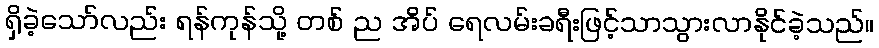
ရှိခဲ့သော်လည်း ရန်ကုန်သို့ တစ် ည အိပ် ရေလမ်းခရီးဖြင့်သာသွားလာနိုင်ခဲ့သည်။